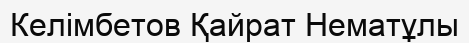
Келімбетов Қайрат Нематұлы